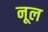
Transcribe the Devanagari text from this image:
नूल